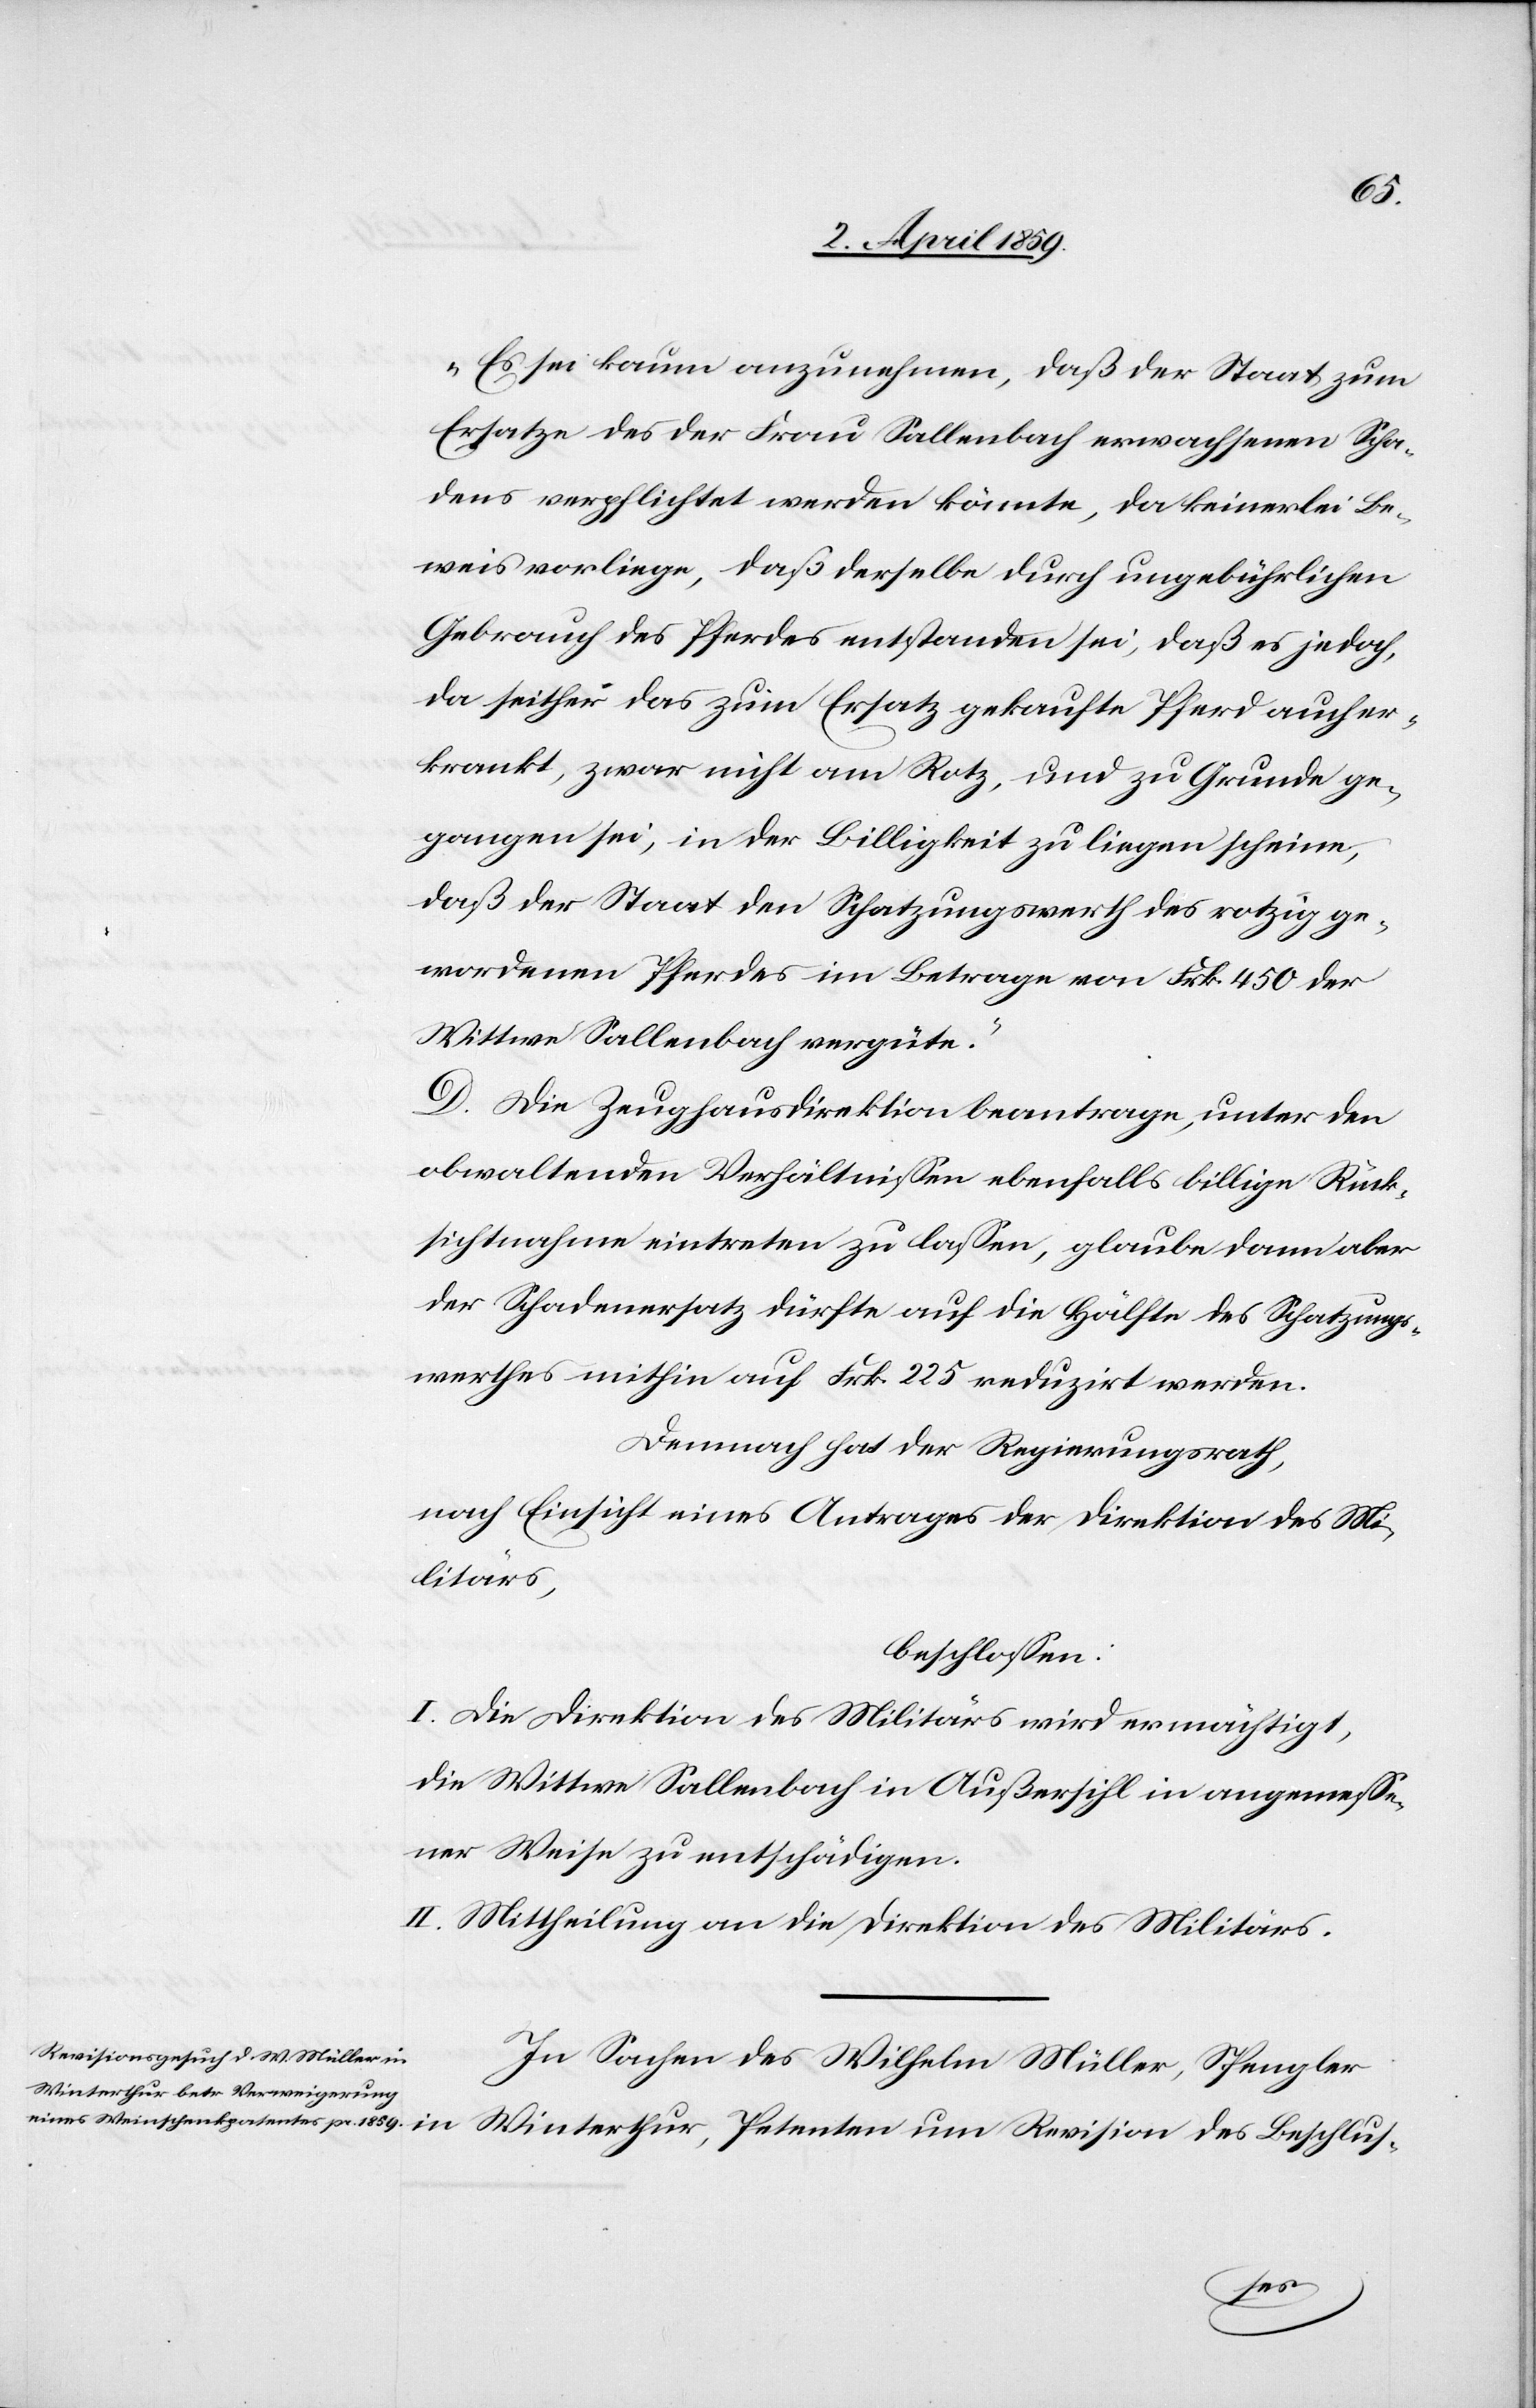
des
„Es sei kaum anzunehmen, daß der Staat zum
Ersatze des der Frau Sallenbach erwachsenen Scha¬
dens verpflichtet werden könnte, da keinerlei Be¬
weis vorliege, daß derselbe durch ungebührlichen
Gebrauch des Pferdes entstanden sei, daß es jedoch,
da seither das zum Ersatz gekaufte Pferd auch er¬
krankt, zwar nicht am Rotz, und zu Grunde ge¬
gangen sei, in der Billigkeit zu liegen scheine,
daß der Staat den Schatzungswerth des rotzig ge¬
wordenen Pferdes im Betrage von Frk. 450 der
Wittwe Sallenbach vergüte.“
D. Die Zeughausdirektion beantrage, unter den
obwaltenden Verhältnißen ebenfalls billige Rück¬
sichtnahme eintreten zu laßen, glaube dann aber
der Schadenersatz dürfte auf die Hälfte des Schatzungs¬
werthes mithin auf Frk. 225 reduzirt werden.
Demnach hat der Regierungsrath,
nach Einsicht eines Antrages der Direktion des Mi¬
litärs,
beschloßen:
I. Die Direktion des Militärs wird ermächtigt,
die Wittwe Sallenbach in Außersihl in angemeße¬
ner Weise zu entschädigen.
II. Mittheilung an die Direktion des Militärs.
In Sachen des Wilhelm Müller, Spengler